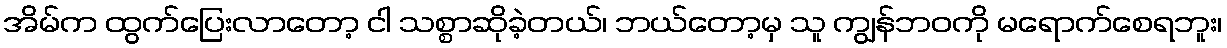
အိမ်က ထွက်ပြေးလာတော့ ငါ သစ္စာဆိုခဲ့တယ်၊ ဘယ်တော့မှ သူ ကျွန်ဘဝကို မရောက်စေရဘူး၊